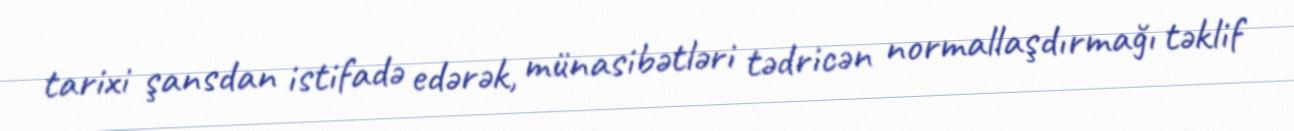
tarixi şansdan istifadə edərək, münasibətləri tədricən normallaşdırmağı təklif